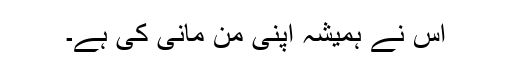
اس نے ہمیشہ اپنی من مانی کی ہے۔